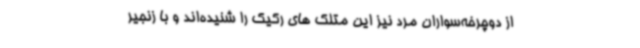
از دوچرخه‌سواران مرد نیز این متلک های رکیک را شنیده‌اند و با زنجیر